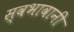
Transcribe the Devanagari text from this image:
स्वभावानी